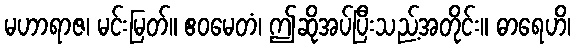
မဟာရာဇ၊ မင်းမြတ်။ ဧဝမေတံ၊ ဤဆိုအပ်ပြီးသည့်အတိုင်း။ ဓာရေဟိ၊